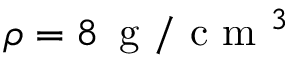
\rho = 8 \, \mathrm { ~ g ~ } / \mathrm { ~ c ~ m ~ } ^ { 3 }